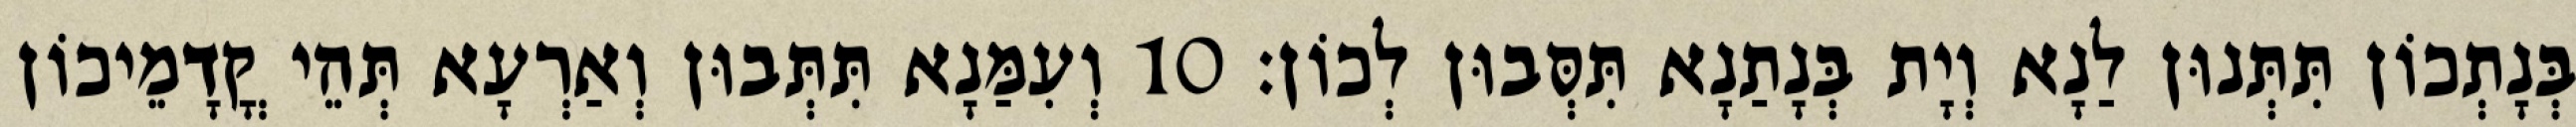
בְּנָתְכוֹן תִּתְּנוּן לַנָא וְיָת בְּנָתַנָא תִּסְּבוּן לְכוֹן׃ 10 וְעִמַּנָא תִּתְּבוּן וְאַרְעָא תְּהֵי קֳדָמֵיכוֹן